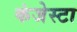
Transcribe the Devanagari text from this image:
कंजेस्टा